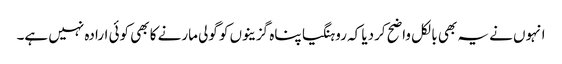
انہوں نے یہ بھی بالکل واضح کردیا کہ روہنگیا پناہ گزینوں کو گولی مارنے کا بھی کوئی ارادہ نہیں ہے۔